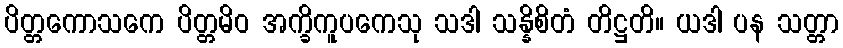
ပိတ္တကောသကေ ပိတ္တမိဝ အက္ခိကူပကေသု သဒါ သန္နိစိတံ တိဋ္ဌတိ။ ယဒါ ပန သတ္တာ